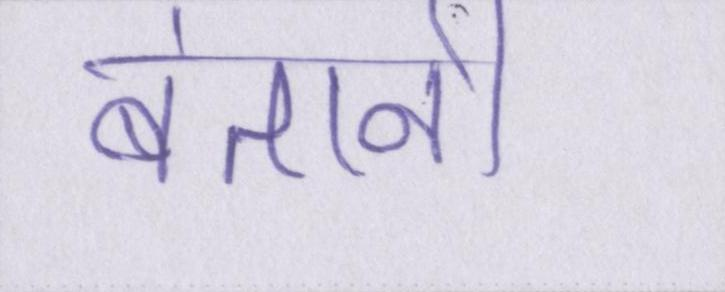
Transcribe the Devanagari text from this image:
बंतानी